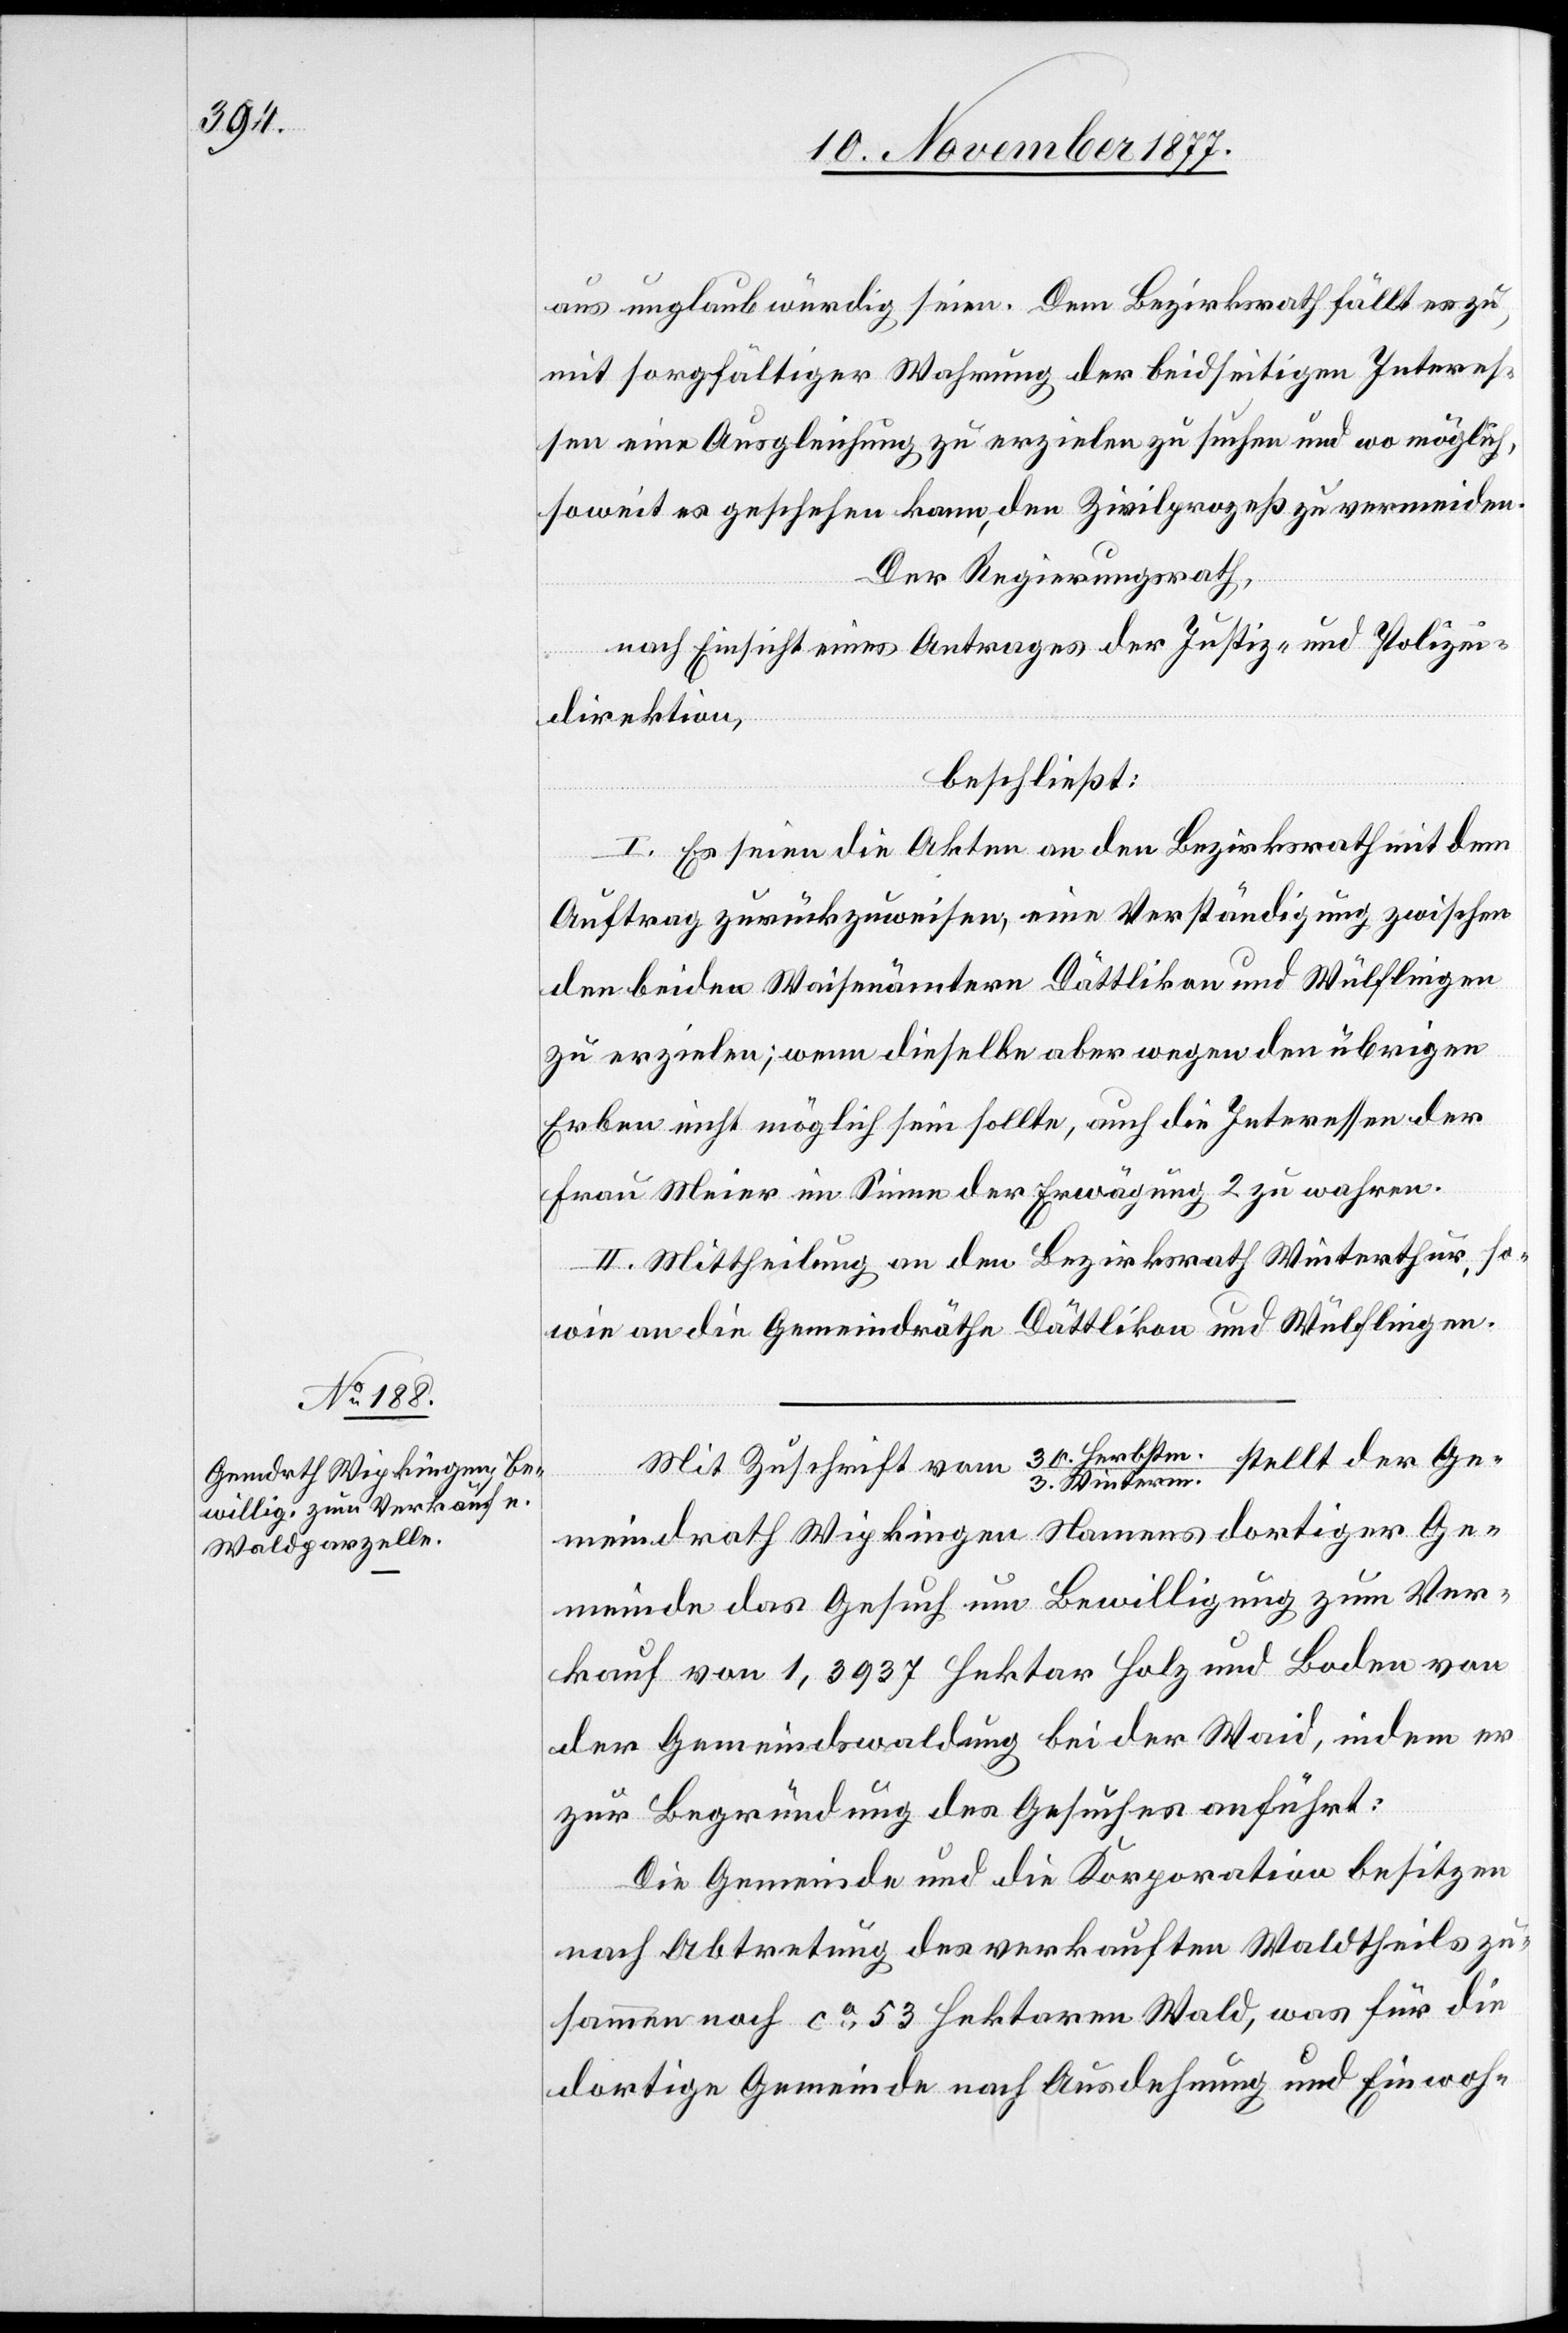
aus unglaubwürdig seien. Dem Bezirksrath fällt es zu,
mit sorgfältiger Wahrung der beidseitigen Interes¬
sen eine Ausgleichung zu erzielen zu suchen und wo möglich,
soweit es geschehen kann, den Zivilprozeß zu vermeiden.
Der Regierungsrath,
nach Einsicht eines Antrages der Justiz- und Polizei¬
direktion,
beschließt:
I. Es seien die Akten an den Bezirksrath mit dem
Auftrag zurückzuweisen, eine Verständigung zwischen
den beiden Waisenämtern Dättlikon und Wülflingen
zu erzielen; wenn dieselbe aber wegen den übrigen
Erben nicht möglich sein sollte, auch die Interessen der
Frau Meier im Sinne der Erwägung 2 zu wahren.
II. Mittheilung an den Bezirksrath Winterthur, so¬
wie an die Gemeindräthe Dättlikon und Wülflingen.
Mit Zuschrift vom 30. Herbstm.
3. Winterm. stellt der Ge¬
meindrath Wipkingen Namens dortiger Ge¬
meinde das Gesuch um Bewilligung zum Ver¬
kauf von 1,3937 Hektar Holz und Boden von
der Gemeindswaldung bei der Waid, indem er
zur Begründung des Gesuches anführt:
Die Gemeinde und die Korporation besitzen
nach Abtretung des verkauften Waldtheils zu¬
sammen noch ca 53 Hektaren Wald, was für die
dortige Gemeinde nach Ausdehnung und Einwoh-